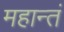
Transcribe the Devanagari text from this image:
महान्तं